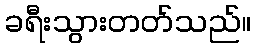
ခရီးသွားတတ်သည်။